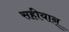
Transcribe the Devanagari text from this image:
सहीयान्